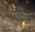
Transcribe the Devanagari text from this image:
राईं